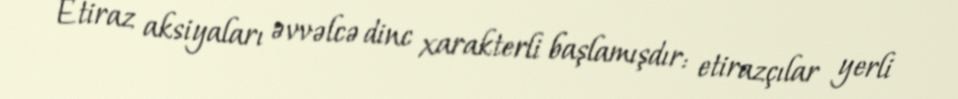
Etiraz aksiyaları əvvəlcə dinc xarakterli başlamışdır: etirazçılar yerli